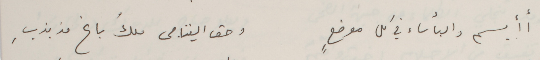
أأبسم والبأساء في كل موضعٍ                             وحق اليتامى ملك باعٍ مذبذبِ